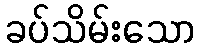
ခပ်သိမ်းသော